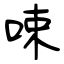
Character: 𠲿